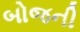
બોજની